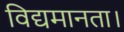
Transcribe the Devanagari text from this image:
विद्यमानता।